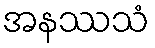
အနဿသံ